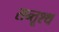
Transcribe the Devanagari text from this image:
सन्तूश्थ